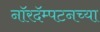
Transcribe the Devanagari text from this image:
नॉरदॅम्पटनच्या